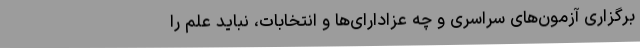
برگزاری آزمون‌های سراسری و چه عزادارای‌ها و انتخابات، نباید علم را